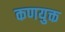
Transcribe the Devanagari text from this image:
कणयुक्त